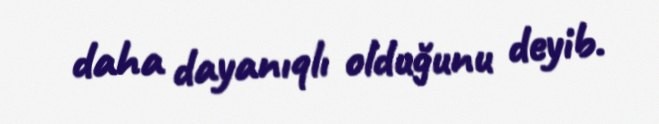
daha dayanıqlı olduğunu deyib.